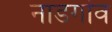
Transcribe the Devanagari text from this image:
नाडगांव